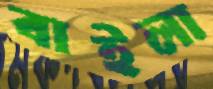
বাইলা